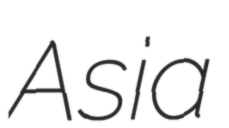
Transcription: Asia